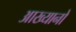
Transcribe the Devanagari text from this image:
आख्यानो